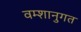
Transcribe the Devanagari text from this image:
वम्शानुगत